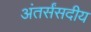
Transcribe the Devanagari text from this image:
अंतर्संसदीय